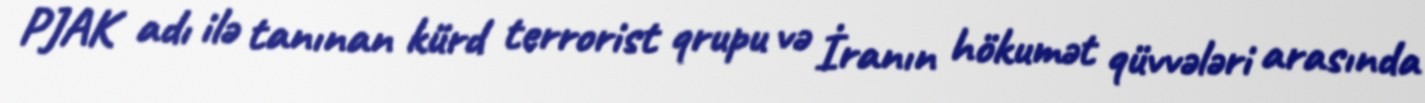
PJAK adı ilə tanınan kürd terrorist qrupu və İranın hökumət qüvvələri arasında